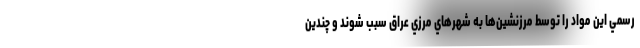
رسمي اين مواد را توسط مرزنشين‌ها به شهرهاي مرزي عراق سبب شوند و چندين